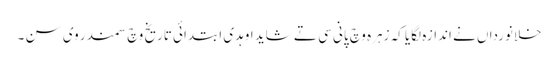
خلانورداں نے اندازہ لگایا کہ زہرہ وچ پانی سی تے شاید اوہدی ابتدائی تاریخ وچ سمندر وی سن ۔